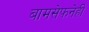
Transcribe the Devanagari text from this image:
बामसेफनेही